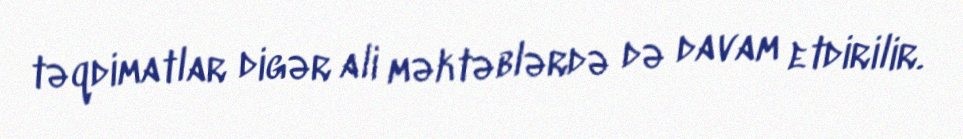
təqdimatlar digər ali məktəblərdə də davam etdirilir.